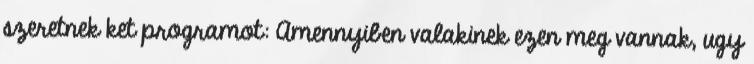
szeretnek ket programot: Amennyiben valakinek ezen meg vannak, ugy